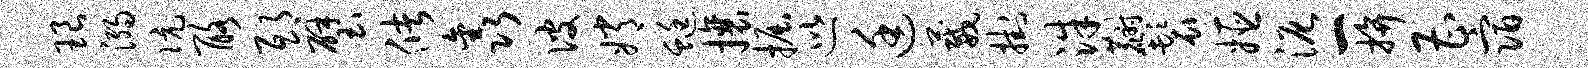
琅溺伉酪邸璧储鑫彼嫦蜓攘掘巡廷葳挂洙麝鬟姬泥一拚曹宿